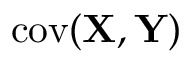
\operatorname { c o v } ( \mathbf { X } , \mathbf { Y } )